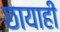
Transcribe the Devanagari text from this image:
छायाही